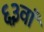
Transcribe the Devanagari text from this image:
६३वां